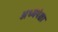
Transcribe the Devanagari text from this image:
अध्यपेक्षा